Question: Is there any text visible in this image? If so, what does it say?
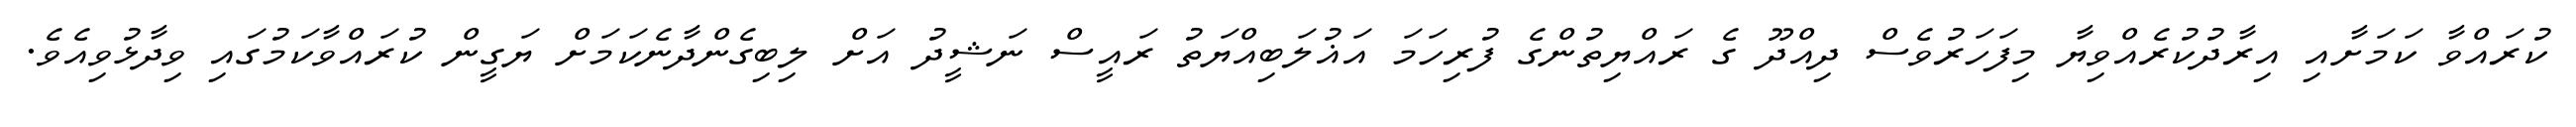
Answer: ކުރައްވާ ކަމަށާއި އިރާދުކުރެއްވިޔާ މިފަހަރުވެސް ދިއްދޫ ގެ ރައްޔިތުންގެ ފުރިހަމަ އަޣުލަބިއްޔަތު ރައީސް ނަޝީދު އަށް ލިބިގެންދާނެކަމަށް ޔަގީން ކުރައްވާކަމުގައި ވިދާޅުވިއެވެ.